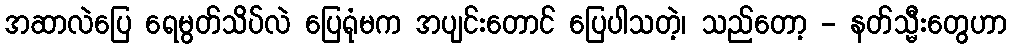
အဆာလဲပြေ ရေမွတ်သိပ်လဲ ပြေရုံမက အပျင်းတောင် ပြေပါသတဲ့၊ သည်တော့ - နတ်သ္မီးတွေဟာ